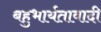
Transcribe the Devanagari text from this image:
बहुभार्यतावादी